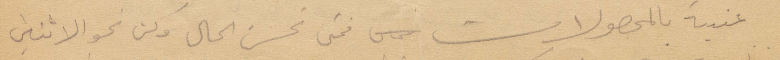
غنية بالمحصولات فمتى تحسن الحال وكن نحو الاثنين